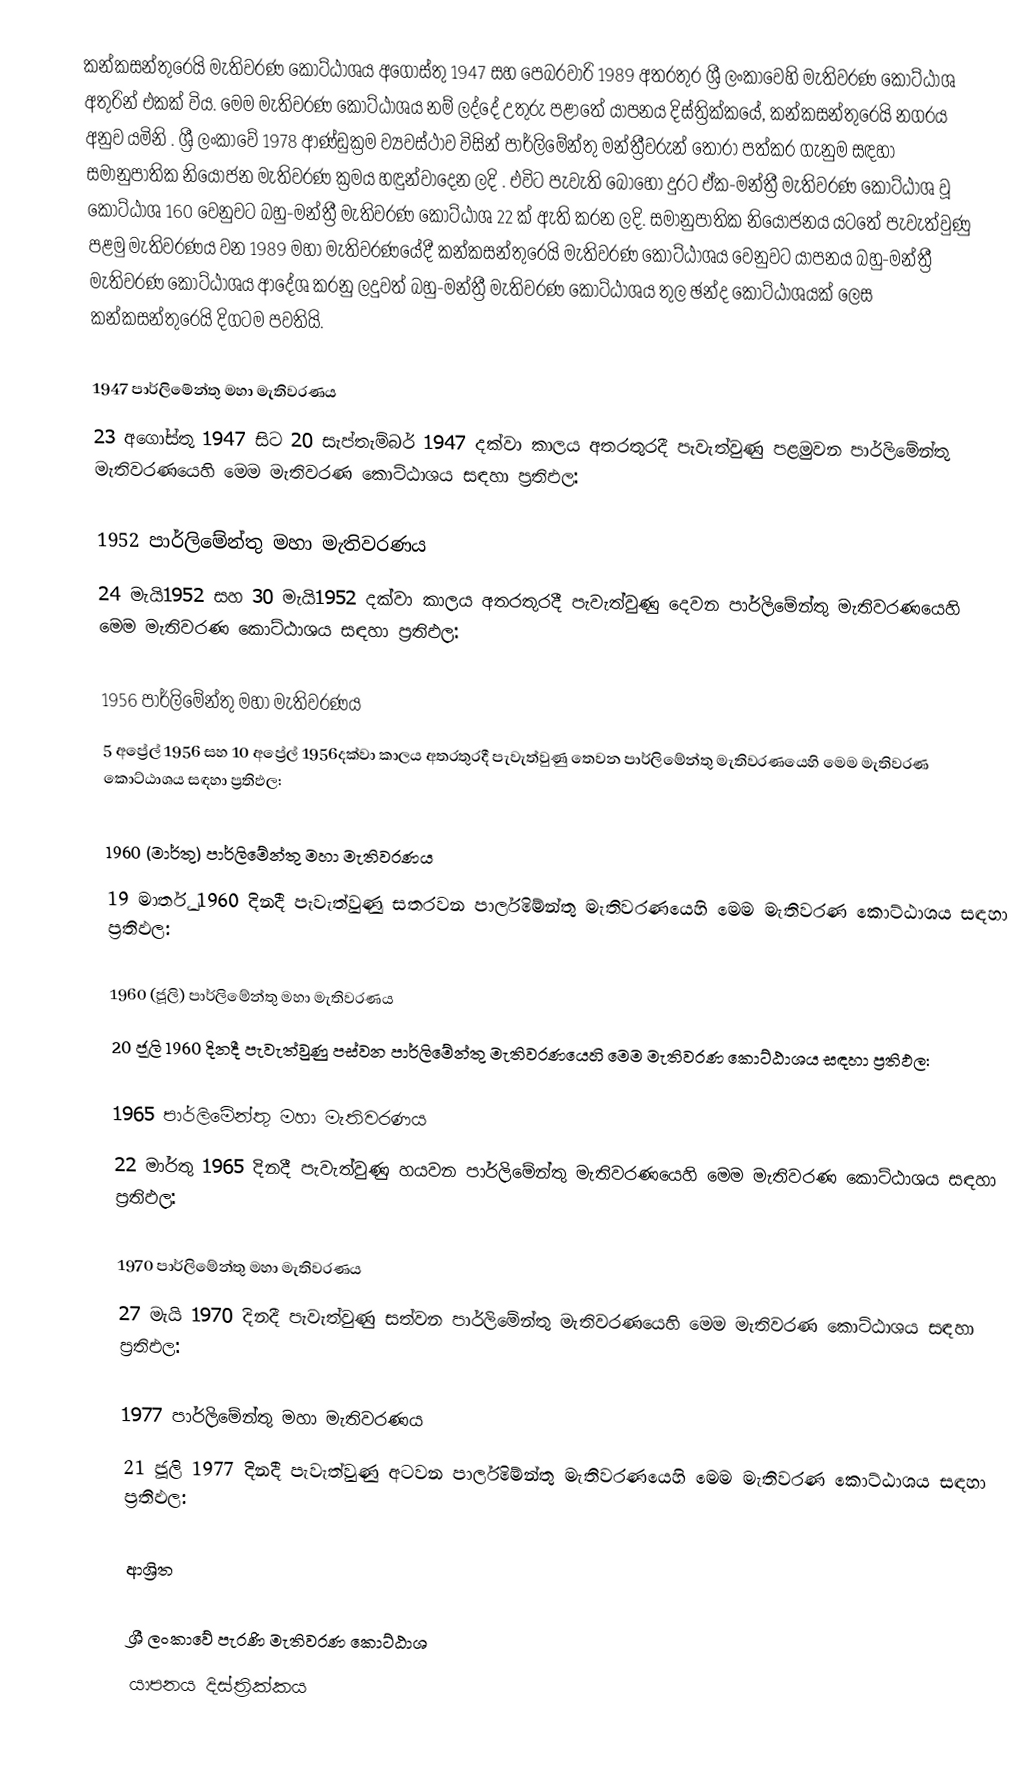
කන්කසන්තුරෙයි මැතිවරණ කොට්ඨාශය  අගෝස්තු 1947 සහ පෙබරවාරි 1989 අතරතුර  ශ්‍රී ලංකාවෙහි  මැතිවරණ කොට්ඨාශ අතුරින් එකක් විය. මෙම මැතිවරණ කොට්ඨාශය නම් ලද්දේ උතුරු පළාතේ  යාපනය දිස්ත්‍රික්කයේ,  කන්කසන්තුරෙයි නගරය අනුව යමිනි . ශ්‍රී ලංකාවේ 1978 ආණ්ඩුක්‍රම ව්‍යවස්ථාව විසින්   පාර්ලිමේන්තු මන්ත්‍රීවරුන් තෝරා පත්කර ගැනුම සඳහා සමානුපාතික නියෝජන මැතිවරණ ක්‍රමය හඳුන්වාදෙන ලදි . එවිට පැවැති බොහෝ දුරට  ඒක-මන්ත්‍රී මැතිවරණ කොට්ඨාශ වූ කොට්ඨාශ 160 වෙනුවට බහු-මන්ත්‍රී මැතිවරණ කොට්ඨාශ 22 ක් ඇති කරන ලදි. සමානුපාතික නියෝජනය යටතේ  පැවැත්වුණු පළමු මැතිවරණය වන 1989 මහා මැතිවරණයේදී  කන්කසන්තුරෙයි මැතිවරණ කොට්ඨාශය වෙනුවට  යාපනය බහු-මන්ත්‍රී මැතිවරණ කොට්ඨාශය  ආදේශ කරනු ලදුවත් බහු-මන්ත්‍රී මැතිවරණ කොට්ඨාශය තුල ඡන්ද කොට්ඨාශයක් ලෙස කන්කසන්තුරෙයි දිගටම පවතියි.

1947 පාර්ලිමේන්තු මහා මැතිවරණය
23 අගෝස්තු 1947 සිට 20 සැප්තැම්බර් 1947 දක්වා කාලය අතරතුරදී  පැවැත්වුණු  පළමුවන පාර්ලිමේන්තු මැතිවරණයෙහි මෙම මැතිවරණ කොට්ඨාශය සඳහා ප්‍රතිඵල:

1952 පාර්ලිමේන්තු මහා මැතිවරණය
24 මැයි1952 සහ 30 මැයි1952 දක්වා කාලය අතරතුරදී  පැවැත්වුණු  දෙවන පාර්ලිමේන්තු මැතිවරණයෙහි මෙම මැතිවරණ කොට්ඨාශය සඳහා ප්‍රතිඵල:

1956 පාර්ලිමේන්තු මහා මැතිවරණය
5 අප්‍රේල් 1956 සහ 10 අප්‍රේල් 1956දක්වා කාලය අතරතුරදී  පැවැත්වුණු  තෙවන පාර්ලිමේන්තු මැතිවරණයෙහි මෙම මැතිවරණ කොට්ඨාශය සඳහා ප්‍රතිඵල:

1960 (මාර්තු) පාර්ලිමේන්තු මහා මැතිවරණය
19 මාර්තු 1960 දිනදී  පැවැත්වුණු  සතරවන පාර්ලිමේන්තු මැතිවරණයෙහි මෙම මැතිවරණ කොට්ඨාශය සඳහා ප්‍රතිඵල:

1960 (ජූලි) පාර්ලිමේන්තු මහා මැතිවරණය
20 ජූලි 1960 දිනදී  පැවැත්වුණු  පස්වන පාර්ලිමේන්තු මැතිවරණයෙහි මෙම මැතිවරණ කොට්ඨාශය සඳහා ප්‍රතිඵල:

1965 පාර්ලිමේන්තු මහා මැතිවරණය
22 මාර්තු 1965  දිනදී  පැවැත්වුණු  හයවන පාර්ලිමේන්තු මැතිවරණයෙහි මෙම මැතිවරණ කොට්ඨාශය සඳහා ප්‍රතිඵල:

1970 පාර්ලිමේන්තු මහා මැතිවරණය
27 මැයි 1970 දිනදී  පැවැත්වුණු  සත්වන පාර්ලිමේන්තු මැතිවරණයෙහි මෙම මැතිවරණ කොට්ඨාශය සඳහා ප්‍රතිඵල:

1977 පාර්ලිමේන්තු මහා මැතිවරණය
21 ජූලි 1977 දිනදී  පැවැත්වුණු  අටවන පාර්ලිමේන්තු මැතිවරණයෙහි මෙම මැතිවරණ කොට්ඨාශය සඳහා ප්‍රතිඵල:

ආශ්‍රිත

ශ්‍රී ලංකාවේ පැරණි මැතිවරණ කොට්ඨාශ
යාපනය දිස්ත්‍රික්කය